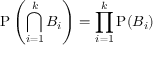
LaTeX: \mathrm { P } \left( \bigcap _ { i = 1 } ^ { k } B _ { i } \right) = \prod _ { i = 1 } ^ { k } \mathrm { P } ( B _ { i } )